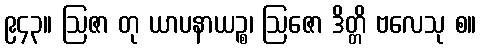
၉၄၃။ ဩဇာ တု ယာပနာယဉ္စ၊ ဩဇော ဒိတ္တိ ဗလေသု စ။